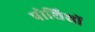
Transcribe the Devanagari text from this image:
पोशिशों